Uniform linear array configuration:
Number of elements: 4
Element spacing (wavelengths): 0.75
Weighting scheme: hann
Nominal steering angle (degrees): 60
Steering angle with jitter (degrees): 58.817
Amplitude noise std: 0.05
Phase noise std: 0.05

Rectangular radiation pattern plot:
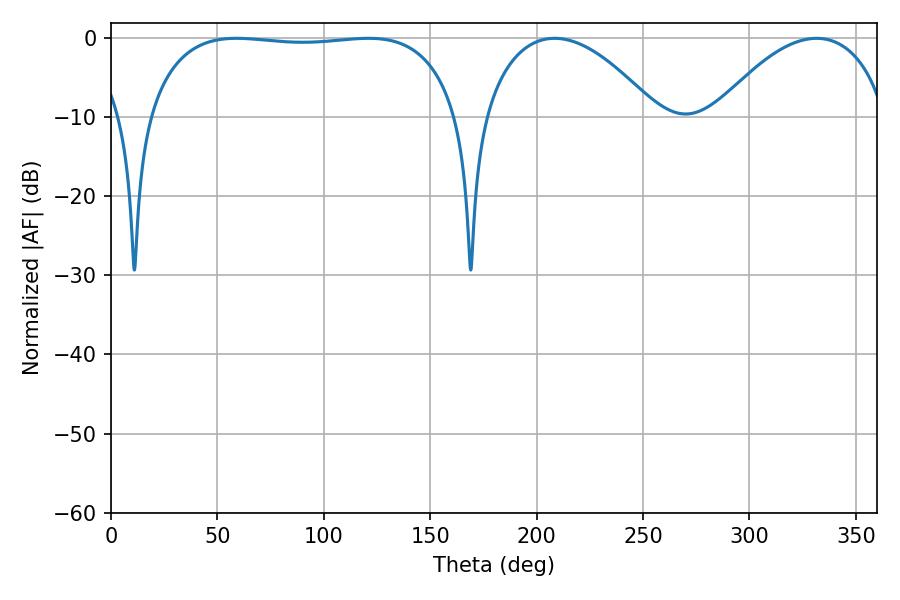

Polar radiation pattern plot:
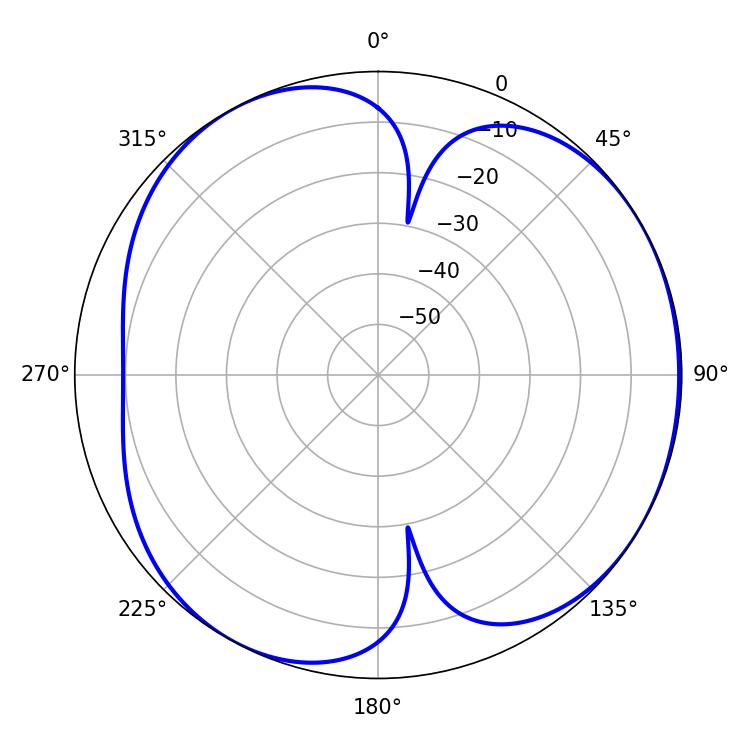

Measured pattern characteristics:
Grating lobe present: TRUE
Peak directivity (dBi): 4.617
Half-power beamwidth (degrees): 45.72
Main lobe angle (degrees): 208.44